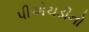
પીએચડીનો